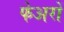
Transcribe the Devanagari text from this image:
फेअरों